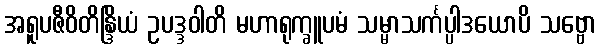
အရူပဇီဝိတိန္ဒြိယံ ဥပဒ္ဒဝါတိ မဟာရုက္ခူပမံ သမ္မာသင်္ကပ္ပါဒယောပိ သဗ္ဗော